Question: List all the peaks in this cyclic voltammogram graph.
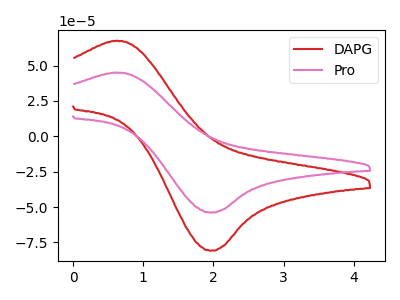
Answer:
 <answer>The red curve "DAPG" has an anodic peak at (0.60V, 67.50uA) and a cathodic peak at (1.95V, -80.85uA). The pink curve "Pro" has an anodic peak at (0.60V, 45.00uA) and a cathodic peak at (1.95V, -53.90uA).</answer>
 <eval></eval>